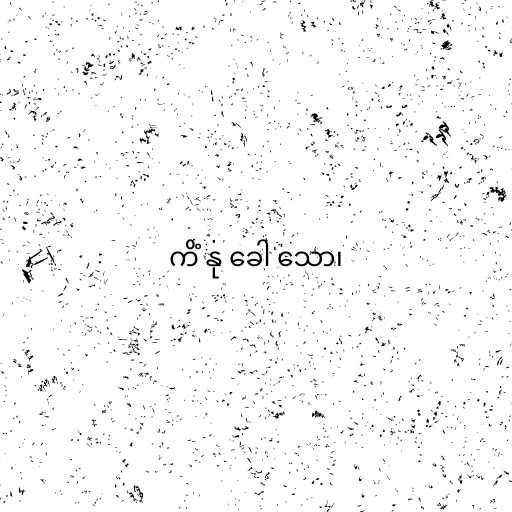
ကိံ နု ခေါ သော၊